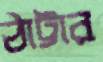
ঠাট্টার